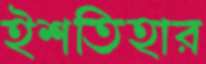
ইশতিহার